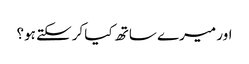
اور میرے ساتھ کیا کرسکتے ہو؟